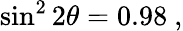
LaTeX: \sin^{2}2\theta=0.98~,